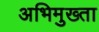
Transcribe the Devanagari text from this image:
अभिमुख्ता